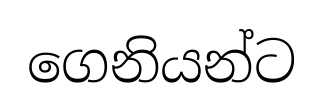
ගෙනියන්ට